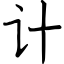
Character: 计